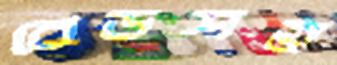
বেডসহ